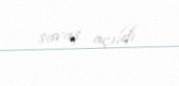
savaş açıldı.